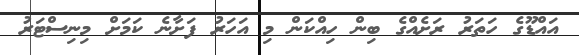
އައްޑޫގެ ހަތަރު ރަށެއްގެ ބިން ހިއްކަން މި އަހަރު ފަށާނެ ކަމަށް މިނިސްޓަރު